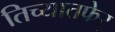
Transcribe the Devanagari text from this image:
तिच्यातफेर्